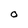
Character: O